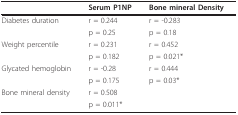
<table><thead><tr><td></td><td><b>Serum P1NP</b></td><td><b>Bone mineral Density</b></td></tr></thead><tbody><tr><td>Diabetes duration</td><td>r = 0.244</td><td>r = -0.283</td></tr><tr><td></td><td>p = 0.25</td><td>p = 0.18</td></tr><tr><td>Weight percentile</td><td>r = 0.231</td><td>r = 0.452</td></tr><tr><td></td><td>p = 0.182</td><td>p = 0.021*</td></tr><tr><td>Glycated hemoglobin</td><td>r = -0.28</td><td>r = 0.444</td></tr><tr><td></td><td>p = 0.175</td><td>p = 0.03*</td></tr><tr><td>Bone mineral density</td><td>r = 0.508</td><td></td></tr><tr><td></td><td>p = 0.011*</td><td></td></tr></tbody></table>